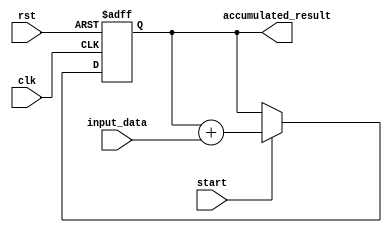
module ParallelAccumulator (
    input wire clk,
    input wire rst,
    input wire [7:0] input_data,
    input wire start,
    output reg [15:0] accumulated_result
);

reg [15:0] accumulator;

always @(posedge clk or posedge rst) begin
    if (rst) begin
        accumulator <= 16'b0;
    end else if (start) begin
        accumulator <= accumulator + input_data;
    end
end

assign accumulated_result = accumulator;

endmodule